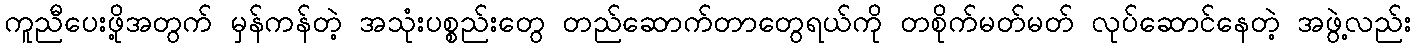
ကူညီပေးဖို့အတွက် မှန်ကန်တဲ့ အသုံးပစ္စည်းတွေ တည်ဆောက်တာတွေရယ်ကို တစိုက်မတ်မတ် လုပ်ဆောင်နေတဲ့ အဖွဲ့လည်း